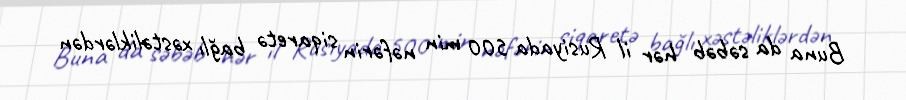
Buna da səbəb hər il Rusiyada 500 min nəfərin siqaretə bağlı xəstəliklərdən